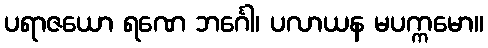
ပရာဇယော ရဏေ ဘင်္ဂေါ၊ ပလာယန မပက္ကမော။